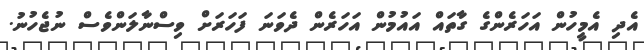
އެދި އެމީހުން އަހަރެންގެ ގާތައް އައުމުން އަހަރެން ދެވަނަ ފަހަރަށް ވިސްނާލަންވެސް ނުޖެހުނު.